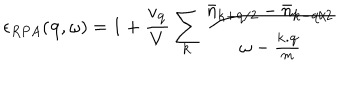
\epsilon _ { R P A } ( { \bf { q } } , \omega ) = 1 + \frac { v _ { { \bf { q } } } } { V } \sum _ { { \bf { k } } } \frac { { \bar { n } } _ { { \bf { k } } + { \bf { q } } / 2 } - { \bar { n } } _ { { \bf { k } } - { \bf { q } } / 2 } } { \omega - \frac { { \bf { k . q } } } { m } }